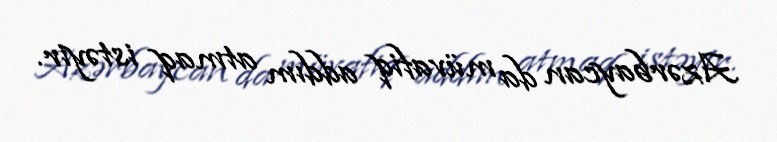
Azərbaycan da müvafiq addım atmaq istəyir.